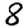
Digit: 8